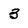
Character: 3